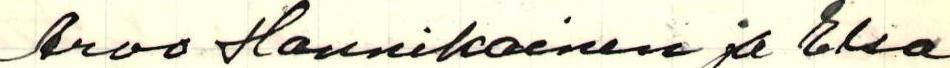
Arvo Hannikainen ja Elsa